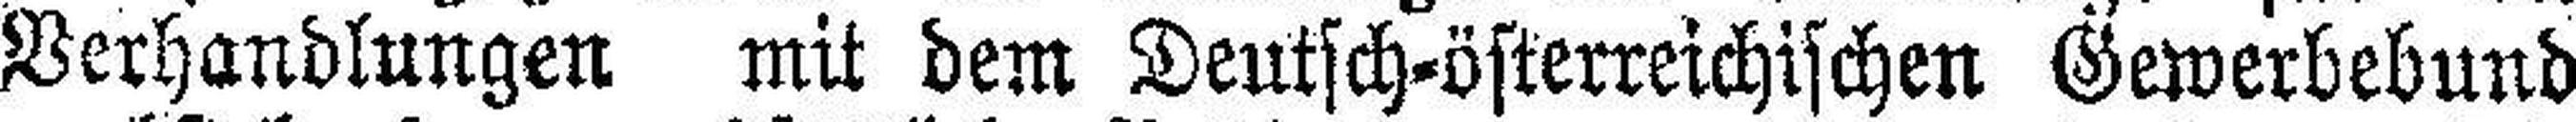
Verhandlungen mit dem Deutsch-österreichischen Gewerbebund